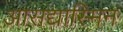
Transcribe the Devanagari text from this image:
आसद्यास्मिन